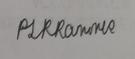
Signature authenticity: genuine